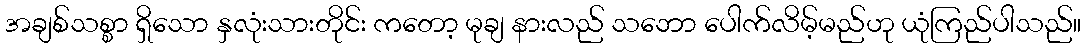
အချစ်သစ္စာ ရှိသော နှလုံးသားတိုင်း ကတော့ မုချ နားလည် သဘော ပေါက်လိမ့်မည်ဟု ယုံကြည်ပါသည်။